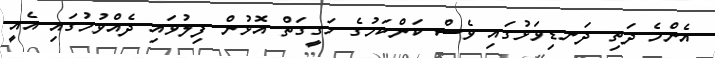
އެންމެ ދަތި ދަނޑިވަޅުގައި ވެސް ކަންކަމުގެ ހަގީގަތް އޮޅުން ފިލުވައި ދެއްވުމުގައި އެއީ